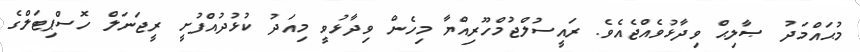
މުޙައްމަދު ޞާލިޙް ވިދާޅުވެއްޖެއެވެ. ރައީސުލްޖުމްހޫރިއްޔާ މިހެން ވިދާޅުވީ މިއަދު ކުޅުދުއްފުށީ ރީޖަނަލް ހޮސްޕިޓަލްގެ